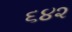
૬૪૨